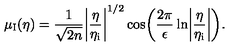
\mu _ { \mathrm { I } } ( \eta ) = \frac { 1 } { \sqrt { 2 n } } \biggl \vert \frac { \eta } { \eta _ { \mathrm { i } } } \biggr \vert ^ { 1 / 2 } \cos \biggl ( \frac { 2 \pi } { \epsilon } \ln \biggl \vert \frac { \eta } { \eta _ { \mathrm { i } } } \biggr \vert \biggr ) .